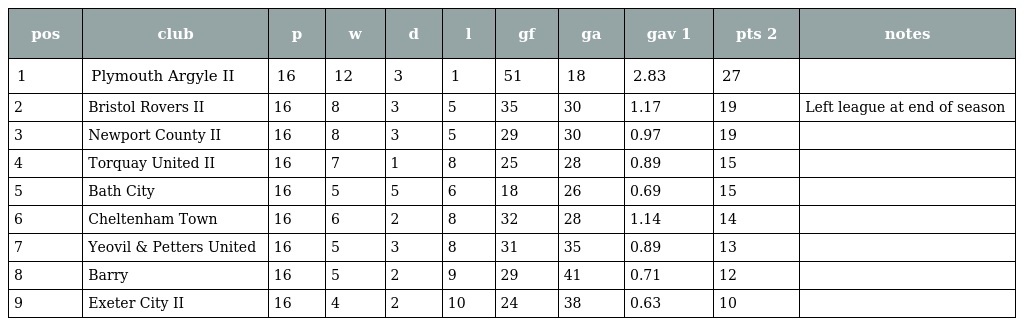
| pos | club | p | w | d | l | gf | ga | gav 1 | pts 2 | notes |
 | --- | --- | --- | --- | --- | --- | --- | --- | --- | --- | --- |
 | 1 | Plymouth Argyle II | 16 | 12 | 3 | 1 | 51 | 18 | 2.83 | 27 |  |
 | 2 | Bristol Rovers II | 16 | 8 | 3 | 5 | 35 | 30 | 1.17 | 19 | Left league at end of season |
 | 3 | Newport County II | 16 | 8 | 3 | 5 | 29 | 30 | 0.97 | 19 |  |
 | 4 | Torquay United II | 16 | 7 | 1 | 8 | 25 | 28 | 0.89 | 15 |  |
 | 5 | Bath City | 16 | 5 | 5 | 6 | 18 | 26 | 0.69 | 15 |  |
 | 6 | Cheltenham Town | 16 | 6 | 2 | 8 | 32 | 28 | 1.14 | 14 |  |
 | 7 | Yeovil & Petters United | 16 | 5 | 3 | 8 | 31 | 35 | 0.89 | 13 |  |
 | 8 | Barry | 16 | 5 | 2 | 9 | 29 | 41 | 0.71 | 12 |  |
 | 9 | Exeter City II | 16 | 4 | 2 | 10 | 24 | 38 | 0.63 | 10 |  |